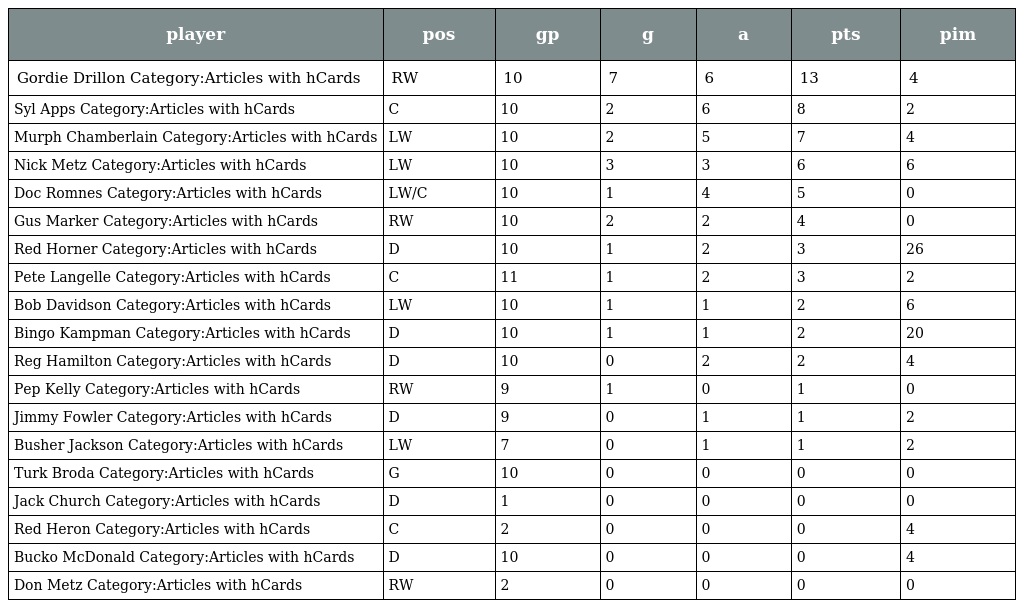
| player | pos | gp | g | a | pts | pim |
 | --- | --- | --- | --- | --- | --- | --- |
 | Gordie Drillon Category:Articles with hCards | RW | 10 | 7 | 6 | 13 | 4 |
 | Syl Apps Category:Articles with hCards | C | 10 | 2 | 6 | 8 | 2 |
 | Murph Chamberlain Category:Articles with hCards | LW | 10 | 2 | 5 | 7 | 4 |
 | Nick Metz Category:Articles with hCards | LW | 10 | 3 | 3 | 6 | 6 |
 | Doc Romnes Category:Articles with hCards | LW/C | 10 | 1 | 4 | 5 | 0 |
 | Gus Marker Category:Articles with hCards | RW | 10 | 2 | 2 | 4 | 0 |
 | Red Horner Category:Articles with hCards | D | 10 | 1 | 2 | 3 | 26 |
 | Pete Langelle Category:Articles with hCards | C | 11 | 1 | 2 | 3 | 2 |
 | Bob Davidson Category:Articles with hCards | LW | 10 | 1 | 1 | 2 | 6 |
 | Bingo Kampman Category:Articles with hCards | D | 10 | 1 | 1 | 2 | 20 |
 | Reg Hamilton Category:Articles with hCards | D | 10 | 0 | 2 | 2 | 4 |
 | Pep Kelly Category:Articles with hCards | RW | 9 | 1 | 0 | 1 | 0 |
 | Jimmy Fowler Category:Articles with hCards | D | 9 | 0 | 1 | 1 | 2 |
 | Busher Jackson Category:Articles with hCards | LW | 7 | 0 | 1 | 1 | 2 |
 | Turk Broda Category:Articles with hCards | G | 10 | 0 | 0 | 0 | 0 |
 | Jack Church Category:Articles with hCards | D | 1 | 0 | 0 | 0 | 0 |
 | Red Heron Category:Articles with hCards | C | 2 | 0 | 0 | 0 | 4 |
 | Bucko McDonald Category:Articles with hCards | D | 10 | 0 | 0 | 0 | 4 |
 | Don Metz Category:Articles with hCards | RW | 2 | 0 | 0 | 0 | 0 |